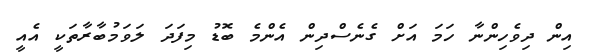
އިން ދިވެހިންނާ ހަމަ އަށް ގެނެސްދިން އެންމެ ބޮޑު މިފަދަ ލަވަމުބާރާތަކީ އެއީ